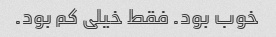
خوب بود. فقط خیلی کم بود.